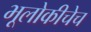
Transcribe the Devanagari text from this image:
भूलोकीचेच